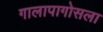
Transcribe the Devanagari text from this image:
गालापागोसला